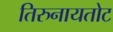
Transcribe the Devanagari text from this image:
तिरुनायतोट